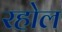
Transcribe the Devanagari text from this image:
रहोल